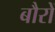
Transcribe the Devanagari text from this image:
बौरों